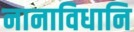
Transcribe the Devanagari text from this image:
नानाविधानि